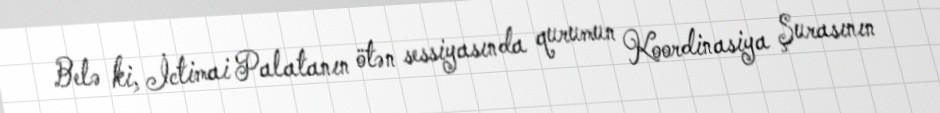
Belə ki, İctimai Palatanın ötən sessiyasında qurumun Koordinasiya Şurasının